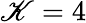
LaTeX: \mathscr{K}=4